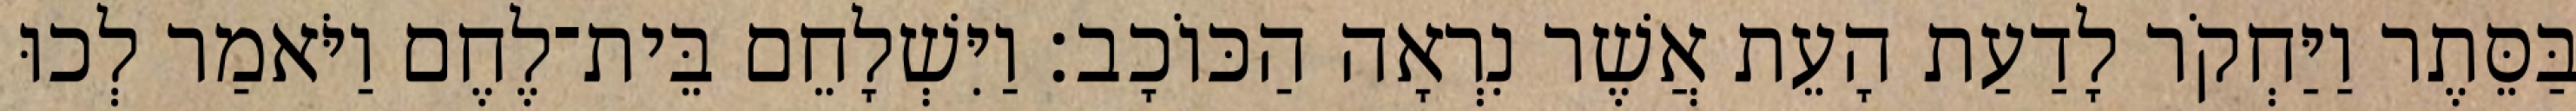
בַּסֵּתֶר וַיַּחְקֹר לָדַעַת הָעֵת אֲשֶׁר נִרְאָה הַכּוֹכָב׃ וַיִּשְׁלָחֵם בֵּית־לֶחֶם וַיֹּאמַר לְכוּ